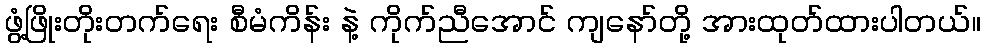
ဖွံ့ဖြိုးတိုးတက်ရေး စီမံကိန်း နဲ့ ကိုက်ညီအောင် ကျနော်တို့ အားထုတ်ထားပါတယ်။